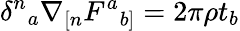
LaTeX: \delta^{n}{}_{a}\nabla_{[n}F^{a}{}_{b]}=2\pi\rho t_{b}